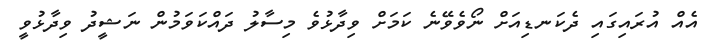
އެއް އުރައިގައި ދެކަނޑިއަށް ނޯވެވޭނެ ކަމަށް ވިދާޅުވެ މިސާލު ދައްކަވަމުން ނަޝީދު ވިދާޅުވީ